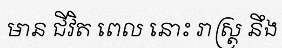
មាន ជីវិត ពេល នោះ រាស្ត្រ នឹង